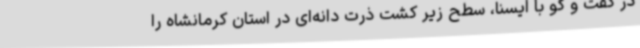
در گفت و گو با ایسنا، سطح زیر کشت ذرت دانه‌ای در استان کرمانشاه را